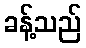
ခန့်သည်